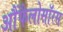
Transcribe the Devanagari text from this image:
आैंफैलोसॉरस